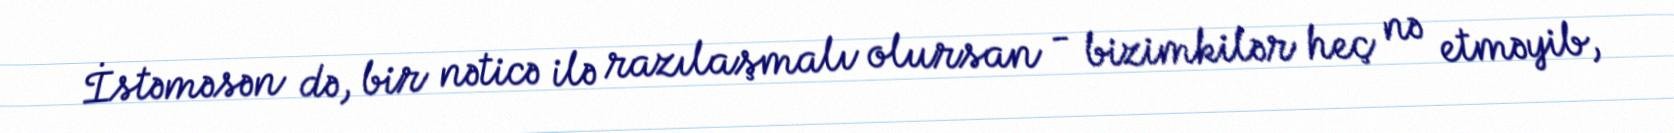
İstəməsən də, bir nəticə ilə razılaşmalı olursan - bizimkilər heç nə etməyib,